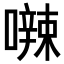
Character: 𪢘